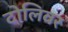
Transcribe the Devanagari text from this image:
टोलिवर